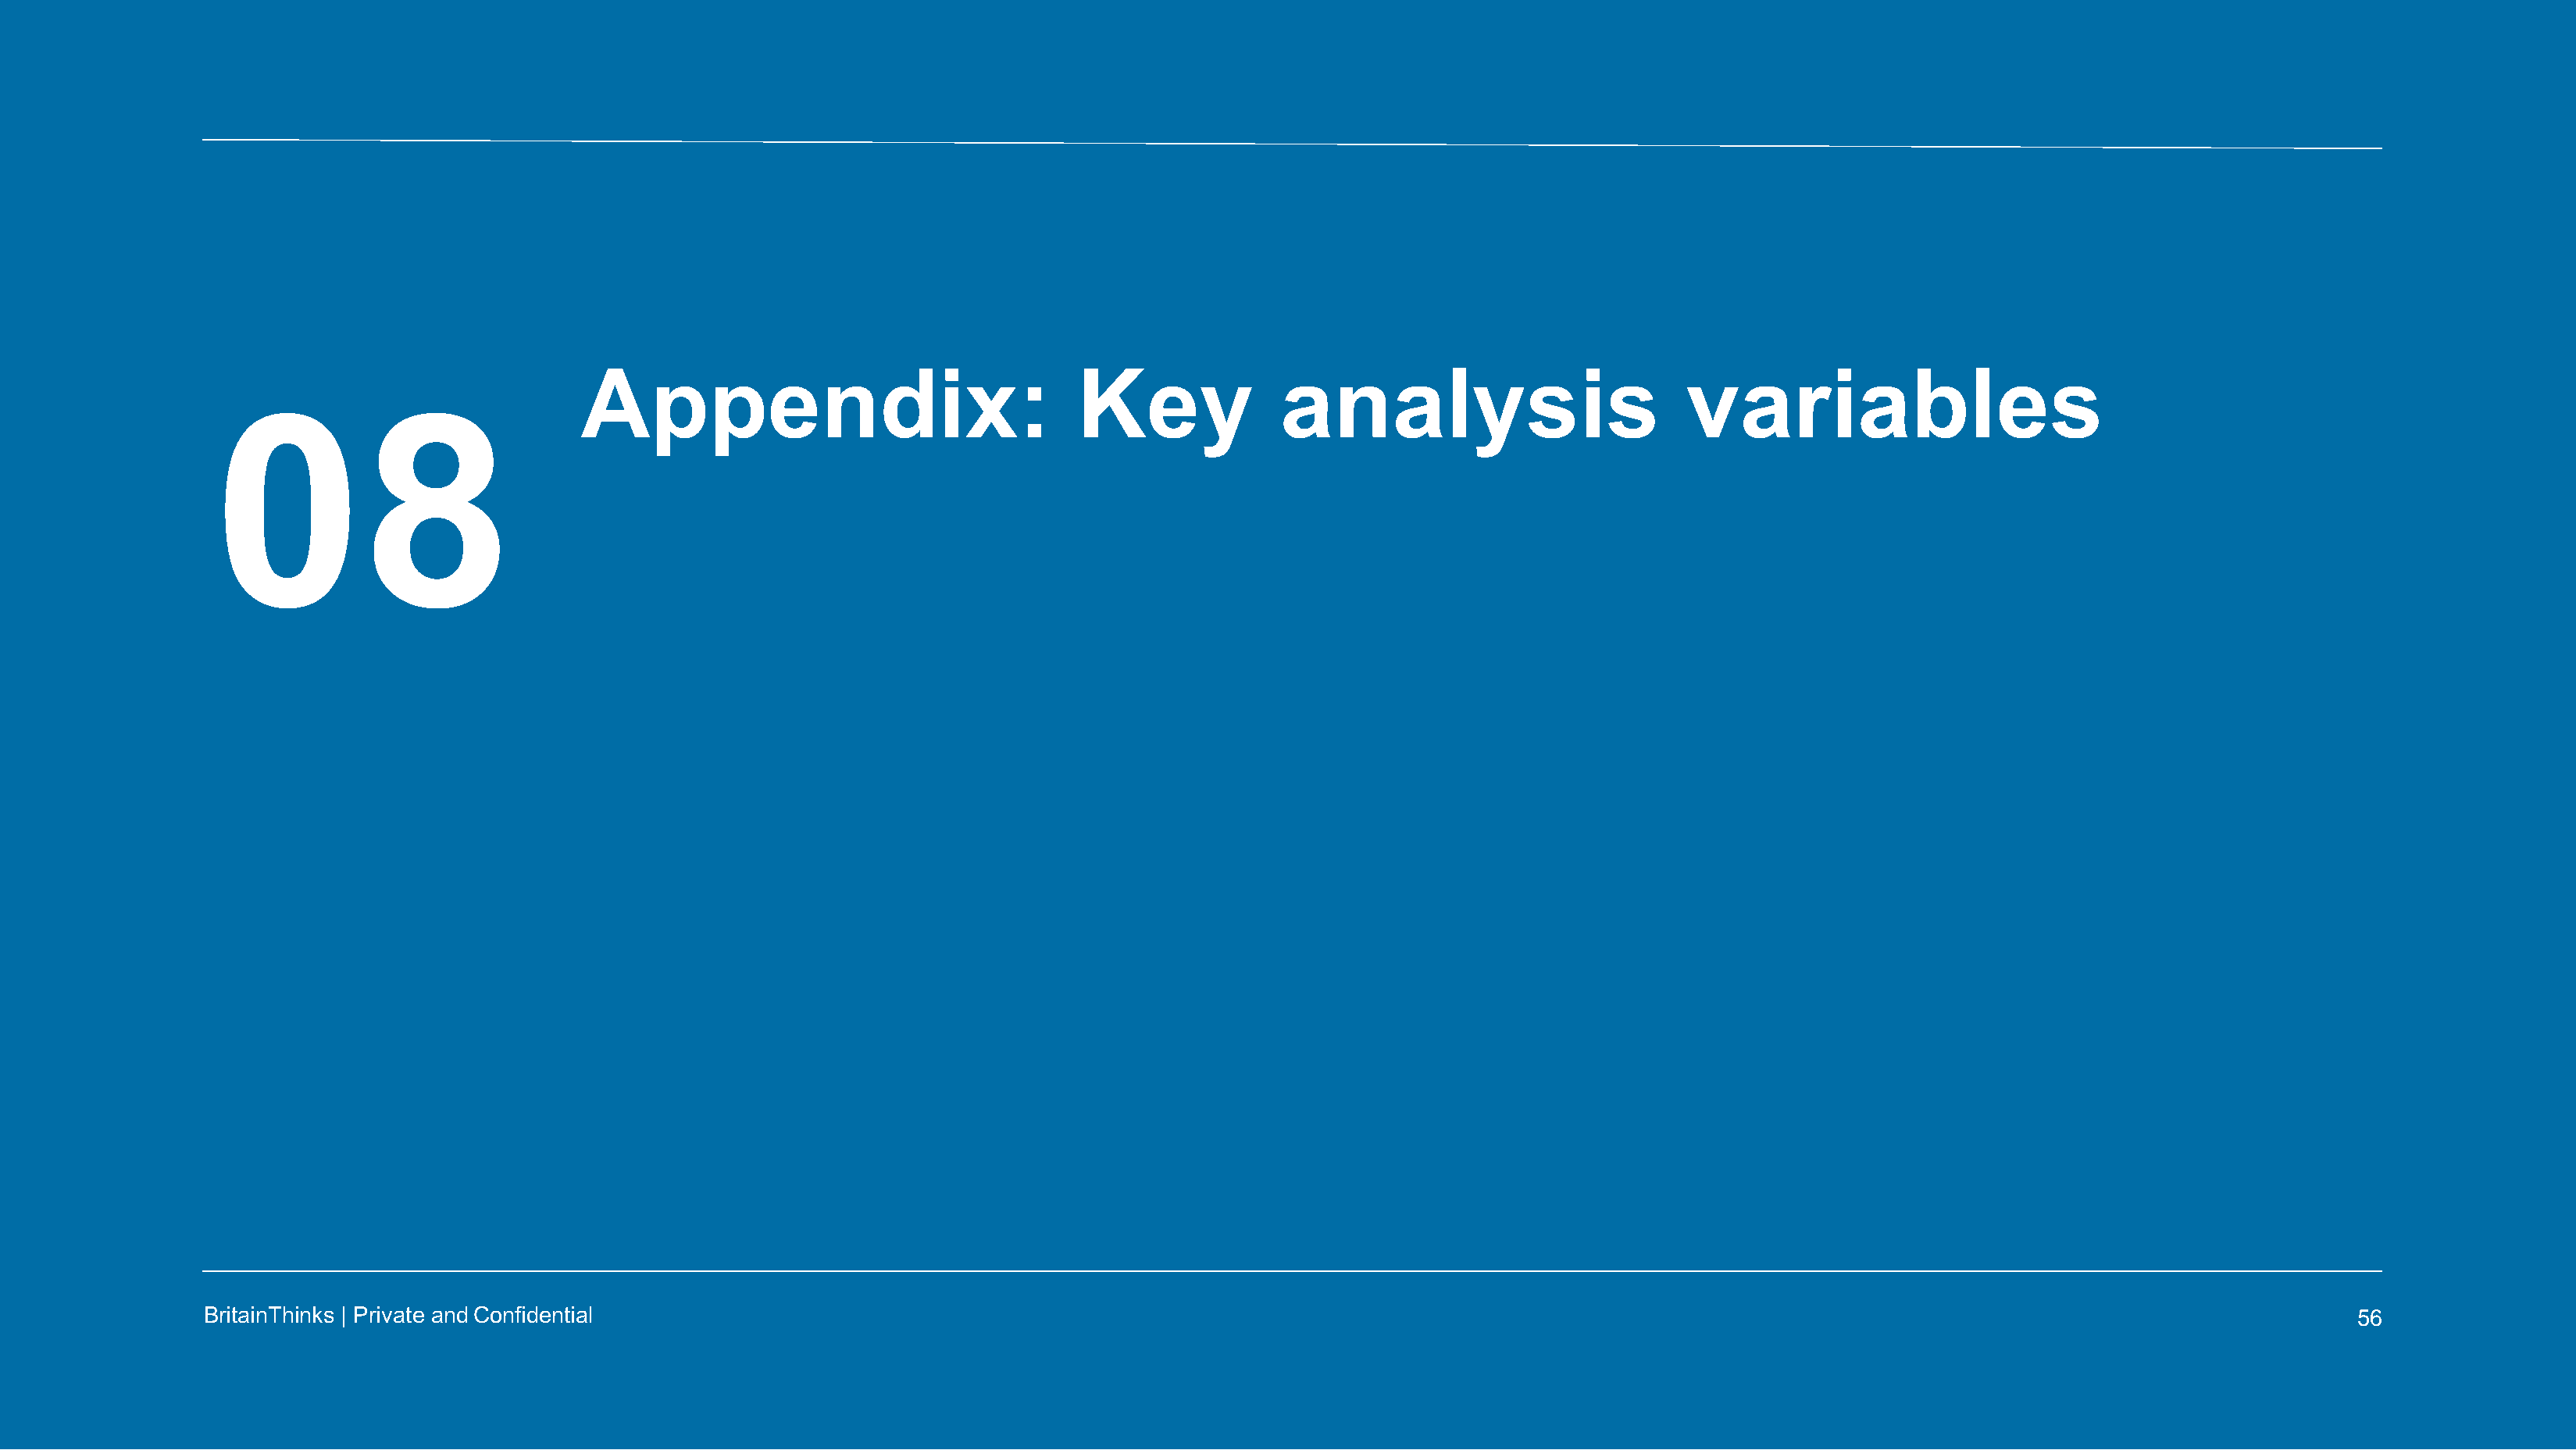
Appendix:                                 Key               analysis                          variables
 08
 BritainThinks | Private andConfidential                                                                                                                                                56